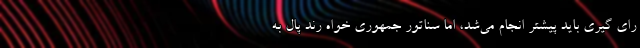
رای گیری باید پیشتر انجام می‌شد، اما سناتور جمهوری خواه رند پال به